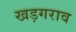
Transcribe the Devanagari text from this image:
खड़गराव